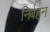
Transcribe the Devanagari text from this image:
निर्बहन